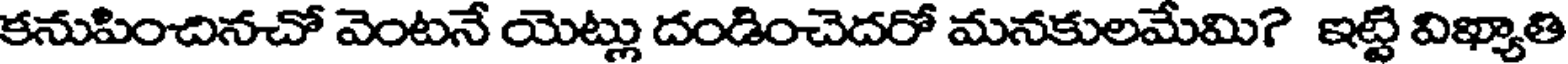
కనుపించినచో వెంటనే యెట్లు దండించెదరో మనకులమేమి? ఇట్టి విఖ్యాతి